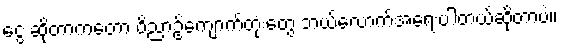
ငွေ ဆိုတာကတော့ ဝိညာဥ်ကျောက်တုံးတွေ ဘယ်လောက်အရေးပါတယ်ဆိုတာပဲ။